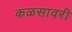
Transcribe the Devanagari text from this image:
कळसावरी